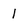
Character: I